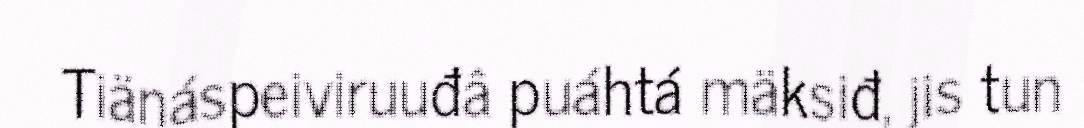
Tiänáspeiviruuđâ puáhtá mäksiđ, jis tun